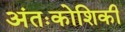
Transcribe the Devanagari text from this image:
अंतःकोशिकी